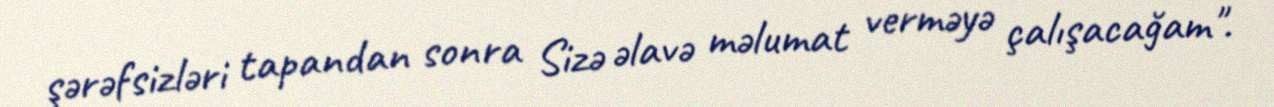
şərəfsizləri tapandan sonra Sizə əlavə məlumat verməyə çalışacağam".